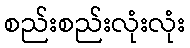
စည်းစည်းလုံးလုံး